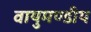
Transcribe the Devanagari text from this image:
वायुमण्डीय